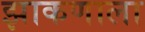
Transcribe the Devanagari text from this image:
झाकणाला